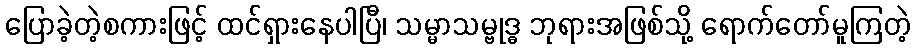
ပြောခဲ့တဲ့စကားဖြင့် ထင်ရှားနေပါပြီ၊ သမ္မာသမ္ဗုဒ္ဓ ဘုရားအဖြစ်သို့ ရောက်တော်မူကြတဲ့